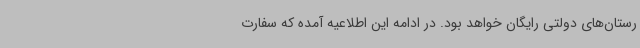
رستان‌های دولتی رایگان خواهد بود. در ادامه این اطلاعیه آمده که سفارت